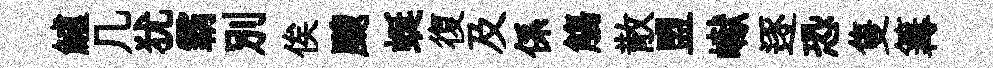
鱸几犹霸别俟颼蜒復及係觴散盟𪩘逐恐隻篝